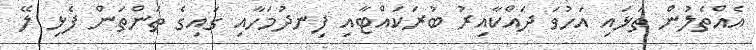
އެއްތެލުން ތަޅައި އަހުވަ ދައްކާއިރު ބުރަކައްޓާއި ފިނދުމަހާއި ގައިގެ ތަންތަން ފެޅި ލޭ